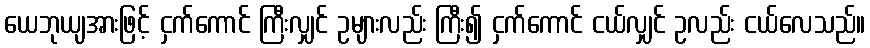
ယေဘုယျအားဖြင့် ငှက်ကောင် ကြီးလျှင် ဥများလည်း ကြီး၍ ငှက်ကောင် ငယ်လျှင် ဥလည်း ငယ်လေသည်။